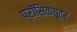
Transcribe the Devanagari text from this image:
प्रॉसिक्य़ूटर